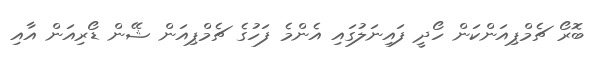
ބޮރޯ ޗެމްޕިއަންކަން ހޯދީ ފައިނަލުގައި އެންމެ ފަހުގެ ޗެމްޕިއަން ޝޭން ޑޯރިއަން އާއި